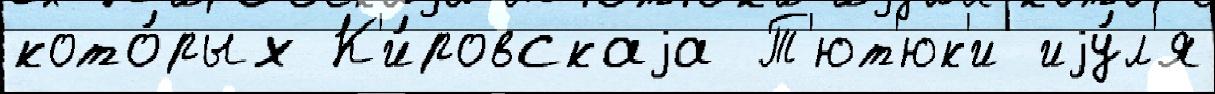
кото́рых К'и́ровскаjа Т'ют'юк'и иjу́л'я